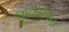
જીટીસીએસ